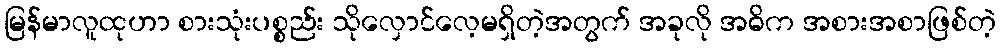
မြန်မာလူထုဟာ စားသုံးပစ္စည်း သိုလှောင်လေ့မရှိတဲ့အတွက် အခုလို အဓိက အစားအစာဖြစ်တဲ့